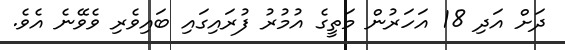
ދަށް އަދި 18 އަހަރުން މަތީގެ އުމުރު ފުރައިގައި ބައިވެރި ވެވޭނެ އެވެ.